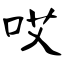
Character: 哎